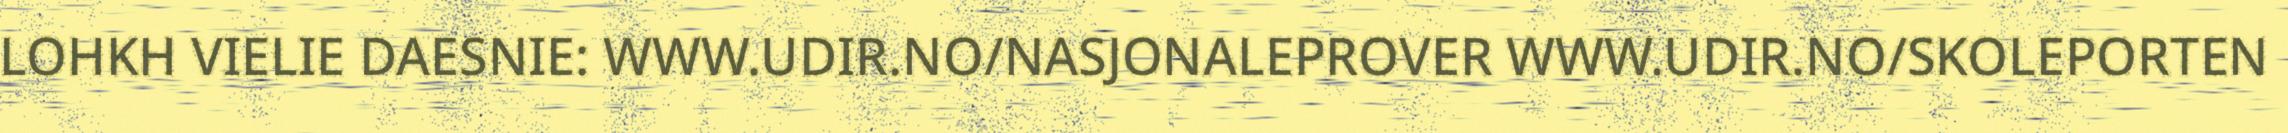
LOHKH VIELIE DAESNIE: WWW.UDIR.NO/NASJONALEPROVER WWW.UDIR.NO/SKOLEPORTEN